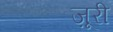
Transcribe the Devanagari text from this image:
ज़ूरी